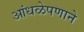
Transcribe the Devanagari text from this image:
आंधळेपणाने